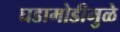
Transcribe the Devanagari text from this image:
घडामोडीमुळे